Report of the Municipal Commissioner on the plague in Bombay for the year ending 31st May... - Volume 1
Disease focus: Plague
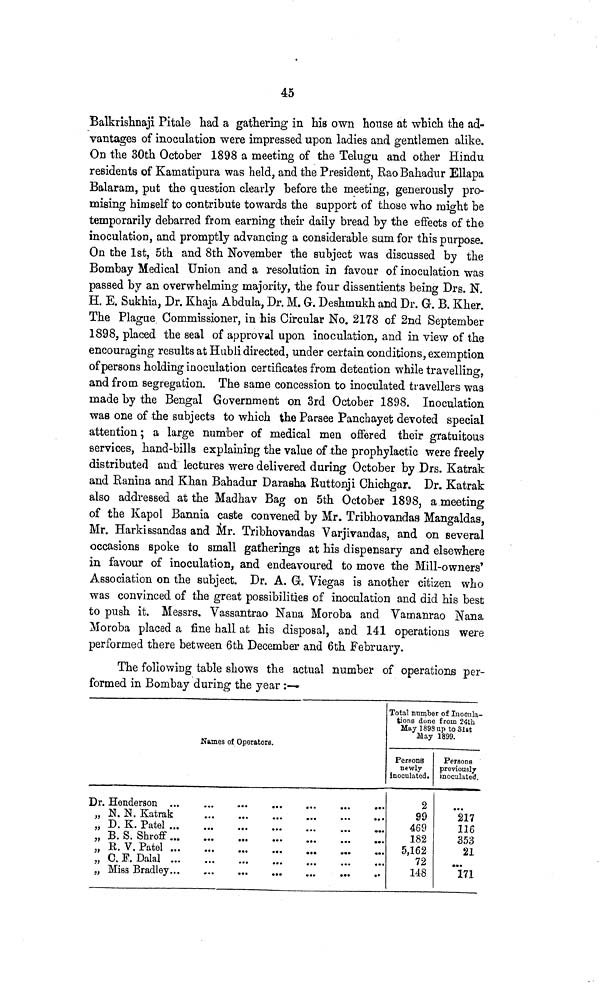
45
Balkrishnaji Pítale had a gathering in his own house at which the ad-
vantages of inoculation were impressed upon ladies and gentlemen alike.
On the 30th October 1898 a meeting of the Telugu and other Hindu
residents of Kamatipura was held, and the President, Rao Bahadur Ellapa
Balaram, put the question clearly before the meeting, generously pro-
mising himself to contribute towards the support of those who might be
temporarily debarred from earning their daily bread by the effects of the
inoculation, and promptly advancing a considerable sum for this purpose.
On the 1st, 5th and 8th November the subject was discussed by the
Bombay Medical Union and a resolution in favour of inoculation was
passed by an overwhelming majority, the four dissentients being Drs. N.
H. E. Sukhia, Dr. Khaja Abdula, Dr. M. G. Deshtnukh and Dr. G. B. Kher.
The Plague Commissioner, in his Circular No. 2178 of 2nd September
1898, placed the seal of approval upon inoculation, and in view of the
encouraging results at Hubli directed, under certain conditions, exemption
of persons holding inoculation certificates from detention while travelling,
and from segregation. The same concession to inoculated travellers was
made by the Bengal Government on 3rd October 1898. Inoculation
was one of the subjects to which the Parsee Panchayet devoted special
attention ; a large number of medical men offered their gratuitous
services, hand-bills explaining the value of the prophylactic were freely
distributed and lectures were delivered during October by Drs. Katrak
and Ranina and Khan Bahadur Daraeha Ruttonji Chichgar. Dr. Katrak
also addressed at the Madhav Bag on 5th October 1898, a meeting
of the Kapol Bannia caste convened by Mr. Tribhovandas Mangaldas,
Mr. Harkissandas and Mr. Tribhovandas Varjivandas, and on several
occasions spoke to small gatherings at his dispensary and elsewhere
in favour of inoculation, and endeavoured to move the Mill-owners'
Association on the subject. Dr. A. G. Viegas is another citizen who
was convinced of the great possibilities of inoculation and did his best
to push it. Messrs. Vassantrao Nana Moroba and Vamanrao Nana
Moroba placed a fine hall at his disposal, and 141 operations were
performed there between 6th December and 6th February.
The following table shows the actual number of operations per-
formed in Bombay during the year :—
Names of Operators.
Dr. Henderson ...
...
... ... ... ... ...
„ N. N. Katrak
...
...
...
...
...
...
„ D. K. Patel ...
...
...
...
...
...
...
„ B. S. Shroff
...
...
...
...
...
...
...
„ R. V. Patel
...
...
...
...
...
...
...
„ G. F. Dalai
...
...
...
...
...
...
...
„ Miss Bradley
...
...
...
...
...
...
...
Total number of Inocula-
tions done from 24th
May 1898 up to 31st
May 1899.
Persons
newly
inoculated.
2
99
469
182
5,162
72
148
Persons
previously
inoculated.
217
116
353
21
171